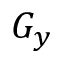
G _ { y }